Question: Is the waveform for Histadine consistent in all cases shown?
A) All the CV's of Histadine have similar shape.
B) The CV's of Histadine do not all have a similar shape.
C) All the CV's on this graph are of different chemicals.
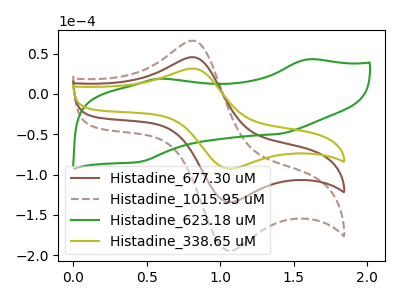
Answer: <think>The brown curve "Histadine_677.30 uM" has an anodic peak at (0.85V, 45.40uA) and a cathodic peak at (1.05V, -134.25uA). The brown dashed curve "Histadine_1015.95 uM" has an anodic peak at (0.85V, 90.80uA) and a cathodic peak at (1.05V, -268.45uA). The green curve "Histadine_623.18 uM" has anodic peaks at (1.60V, 42.80uA) (0.60V, 18.80uA) and cathodic peaks at (1.40V, -49.60uA) (0.45V, -83.90uA). The olive curve "Histadine_338.65 uM" has an anodic peak at (0.85V, 31.35uA) and a cathodic peak at (1.05V, -92.70uA).
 All the peaks in "Histadine_677.30 uM" have a peak in "Histadine_1015.95 uM" at the same potential. Every peak in "Histadine_677.30 uM" is lower than every peak in "Histadine_1015.95 uM". "Histadine_677.30 uM" and "Histadine_623.18 uM" have a different number of peaks. All the peaks in "Histadine_677.30 uM" have a peak in "Histadine_338.65 uM" at the same potential. Every peak in "Histadine_677.30 uM" is higher than every peak in "Histadine_338.65 uM". "Histadine_1015.95 uM" and "Histadine_623.18 uM" have a different number of peaks. All the peaks in "Histadine_1015.95 uM" have a peak in "Histadine_338.65 uM" at the same potential. Every peak in "Histadine_1015.95 uM" is higher than every peak in "Histadine_338.65 uM". "Histadine_623.18 uM" and "Histadine_338.65 uM" have a different number of peaks.</think>
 <answer>A) All the CV's of "Histadine" have similar shape.</answer>
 <eval>A</eval>